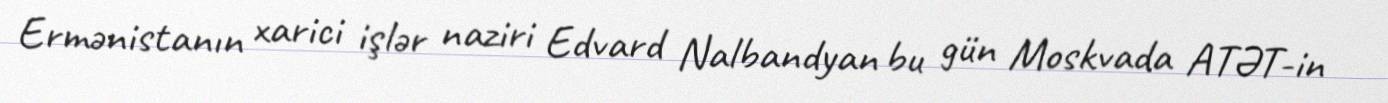
Ermənistanın xarici işlər naziri Edvard Nalbandyan bu gün Moskvada ATƏT-in